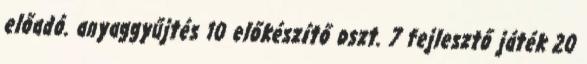
előadó. anyaggyűjtés 10 előkészítő oszt. 7 fejlesztő játék 20